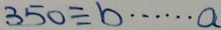
3 5 0 \div b \cdots a